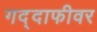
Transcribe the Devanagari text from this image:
गद्दाफीवर